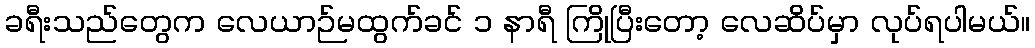
ခရီးသည်တွေက လေယာဉ်မထွက်ခင် ၁ နာရီ ကြိုပြီးတော့ လေဆိပ်မှာ လုပ်ရပါမယ်။